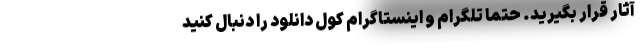
آثار قرار بگیرید. حتما تلگرام و اینستاگرام کول دانلود را دنبال کنید